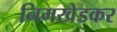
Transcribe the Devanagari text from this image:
निमखेडकर